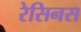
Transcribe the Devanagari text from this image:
रेसिनस